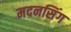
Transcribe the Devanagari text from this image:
मदनसिंग